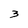
Character: 3